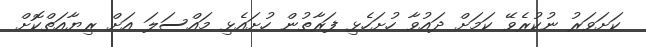
ކަށަވަރު ނުކުރެވޭ ކަމަށް ދައުވާ ހުށަހެޅި ފަރާތުން ހުށައެޅި މައްސަލަ އަށް ރިޔާއަތްކޮށް